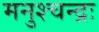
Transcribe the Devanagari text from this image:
मनुश्चन्द्रः